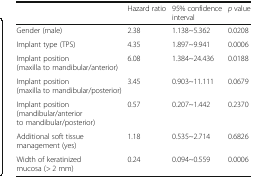
|  | Hazard ratio | 95% confidence interval | p value |
 | --- | --- | --- | --- |
 | Gender (male) | 2.38 | 1.138~5.362 | 0.0208 |
 | Implant type (TPS) | 4.35 | 1.897~9.941 | 0.0006 |
 | Implant position (maxilla to mandibular/anterior) | 6.08 | 1.384~24.436 | 0.0188 |
 | Implant position (maxilla to mandibular/posterior) | 3.45 | 0.903~11.111 | 0.0679 |
 | Implant position (mandibular/anterior to mandibular/posterior) | 0.57 | 0.207~1.442 | 0.2370 |
 | Additional soft tissue management (yes) | 1.18 | 0.535~2.714 | 0.6826 |
 | Width of keratinized mucosa (> 2 mm) | 0.24 | 0.094~0.559 | 0.0006 |